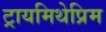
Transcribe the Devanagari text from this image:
ट्रायमिथेप्रिम